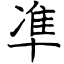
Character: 凖